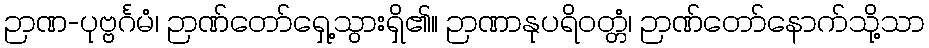
ဉာဏ-ပုဗ္ဗင်္ဂမံ၊ ဉာဏ်တော်ရှေ့သွားရှိ၏။ ဉာဏာနုပရိဝတ္တံ၊ ဉာဏ်တော်နောက်သို့သာ